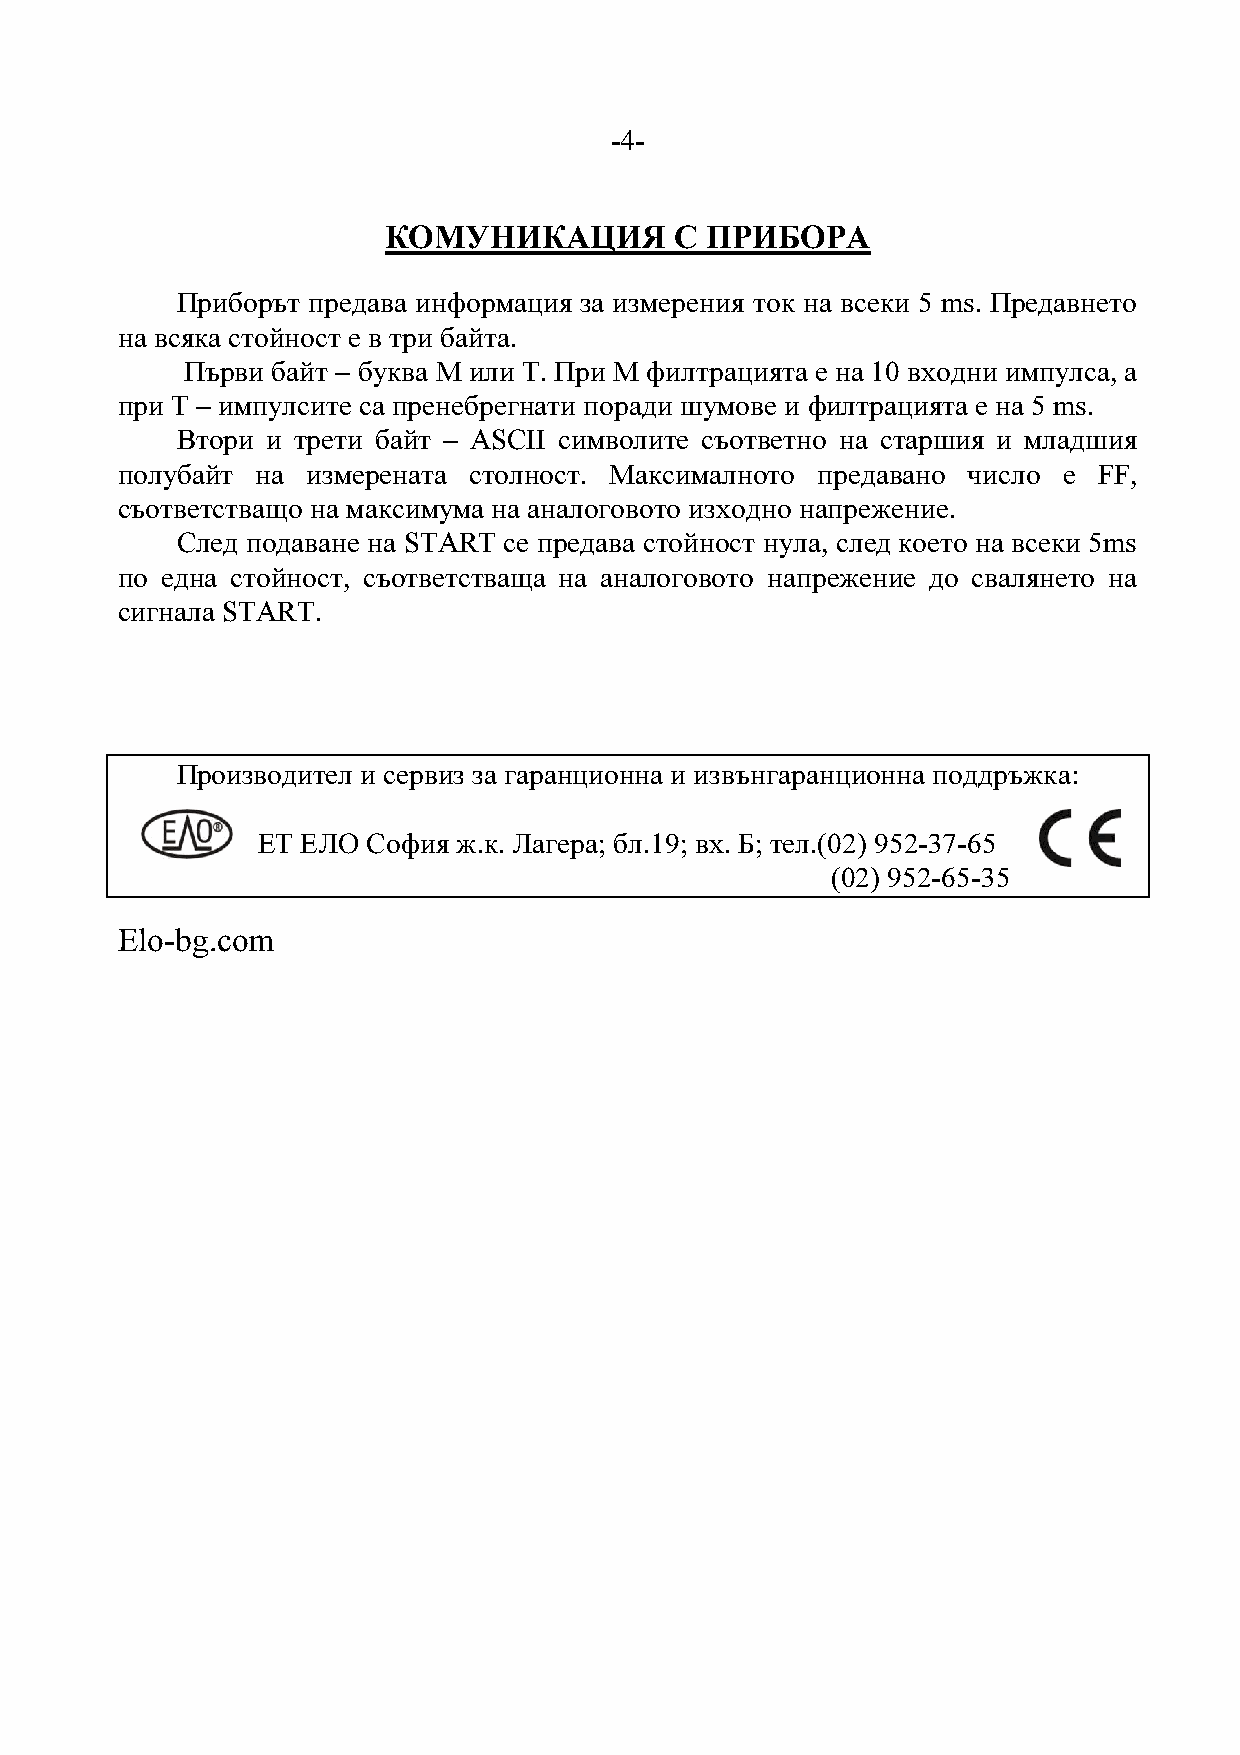
-4-
 КОМУНИКАЦИЯ         С ПРИБОРА
 Приборът предава информация за измерения ток на всеки 5 ms. Предавнето
 на всяка стойност е в три байта.
 Първи байт – буква М или Т. При М филтрацията е на 10 входни импулса, а
 при Т – импулсите са пренебрегнати поради шумове и филтрацията е на 5 ms.
 Втори и трети байт – ASCII символите съответно на старшия и младшия
 полубайт на измерената столност. Максималното предавано число е  FF,
 съответстващо на максимума на аналоговото изходно напрежение.
 След подаване на START се предава стойност нула, след което на всеки 5ms
 по една стойност, съответстваща на аналоговото напрежение до свалянето на
 сигнала START.
 Производител и сервиз за гаранционна и извънгаранционна поддръжка:
 ЕТ ЕЛО София ж.к. Лагера; бл.19; вх. Б; тел.(02) 952-37-65
 (02) 952-65-35
 Elo-bg.com